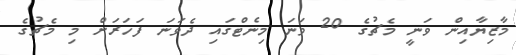
މާޒިޔާއިން ވަނީ މެޗުގެ 20 ވަނަ މިނެޓްގައި ދެވަނަ ފަހަރަށް މި މެޗުގެ